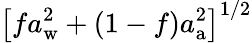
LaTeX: \left[fa_{\mathrm{w}}^{2}+(1-f)a_{\mathrm{a}}^{2}\right]^{1/2}